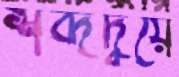
শব্দদ্বয়ে